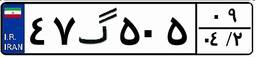
۴۷گ۵۰۵۰۹